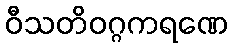
ဝီသတိဝဂ္ဂကရဏေ